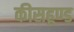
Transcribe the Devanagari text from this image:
कीसहूण्ड